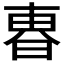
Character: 𣌼